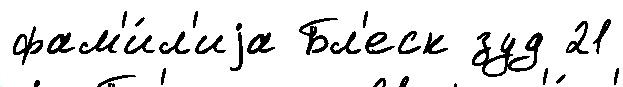
фам'и́л'иjа Бл'еск зуд 21